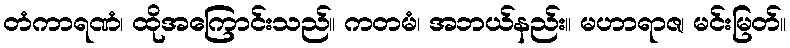
တံကာရဏံ၊ ထိုအကြောင်းသည်။ ကတမံ၊ အဘယ်နည်း။ မဟာရာဇ၊ မင်းမြတ်။